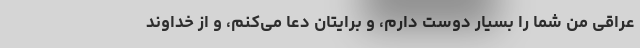
عراقی من شما را بسیار دوست دارم، و برایتان دعا می‌کنم، و از خداوند